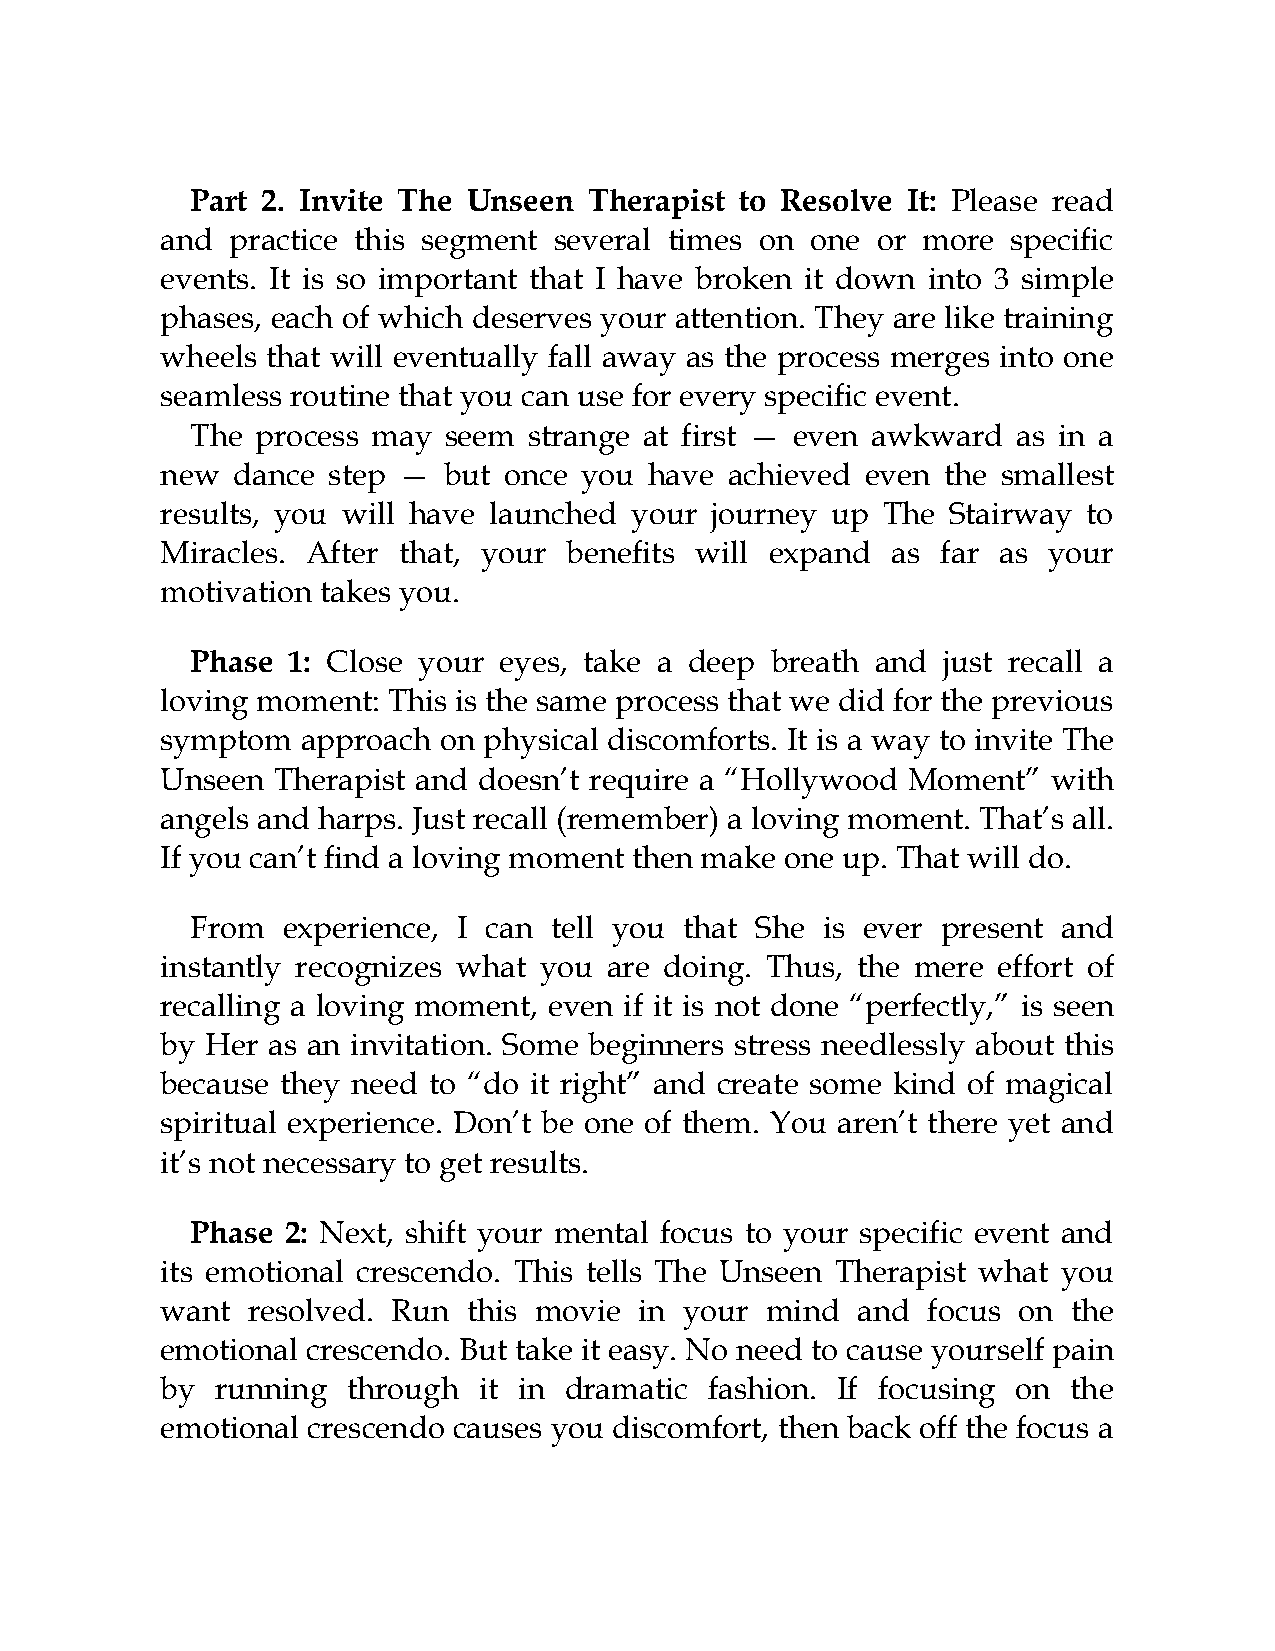
Part 2. Invite The Unseen Therapist to Resolve It: Please read
 and practice this segment several times on one or more  specific
 events. It is so important that I have broken it down into 3 simple
 phases, each of which deserves your attention. They are like training
 wheels that will eventually fall away as the process merges into one
 seamless routine that you can use for every specific event.
 The process may seem  strange at first — even awkward as in a
 new dance  step — but once you  have achieved even  the smallest
 results, you will have launched your journey up The Stairway to
 Miracles. After that, your benefits will expand as far as your
 motivation takes you.
 Phase 1: Close your eyes, take a deep breath and just recall a
 loving moment: This is the same process that we did for the previous
 symptom  approach on physical discomforts. It is a way to invite The
 Unseen Therapist and doesn’t require a “Hollywood Moment”  with
 angels and harps. Just recall (remember) a loving moment. That’s all.
 If you can’t find a loving moment then make one up. That will do.
 From  experience, I can tell you that She is ever present and
 instantly recognizes what you are doing. Thus, the mere effort of
 recalling a loving moment, even if it is not done “perfectly,” is seen
 by Her as an invitation. Some beginners stress needlessly about this
 because they need to “do it right” and create some kind of magical
 spiritual experience. Don’t be one of them. You aren’t there yet and
 it’s not necessary to get results.
 Phase 2: Next, shift your mental focus to your specific event and
 its emotional crescendo. This tells The Unseen Therapist what you
 want resolved. Run  this movie in your  mind  and focus on  the
 emotional crescendo. But take it easy. No need to cause yourself pain
 by running  through  it in dramatic fashion. If focusing on the
 emotional crescendo causes you discomfort, then back off the focus a